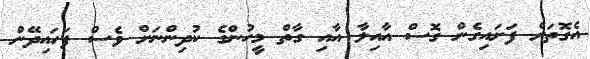
އެގޮތަށް ފަށައިގެން ގޮސް އާއިލާ އާއި ގާތް މީހުންގެ ކުދިންނަށް ވެސް ފަހައިދޭން